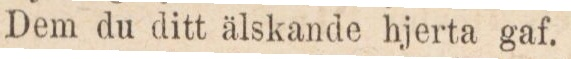
Dem du ditt älskande hjerta gaf.